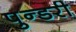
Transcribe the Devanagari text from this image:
पुन्डरी